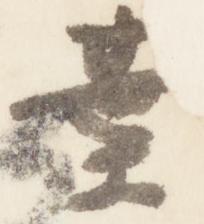
葉